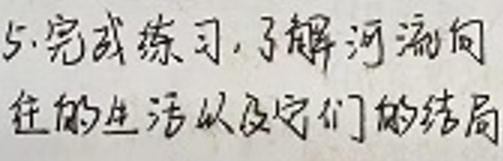
5. 完成练习，了解河流向往的生活以及它们的结局